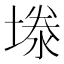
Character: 𪤉